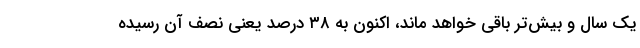
یک سال و بیش‌تر باقی خواهد ماند، اکنون به ۳۸ درصد یعنی نصف آن رسیده